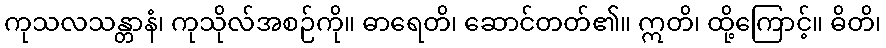
ကုသလသန္တာနံ၊ ကုသိုလ်အစဉ်ကို။ ဓာရေတိ၊ ဆောင်တတ်၏။ ဣတိ၊ ထို့ကြောင့်။ ဓိတိ၊